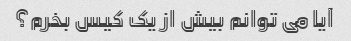
آیا می توانم بیش از یک کیس بخرم؟